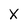
Character: X